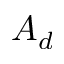
A _ { d }